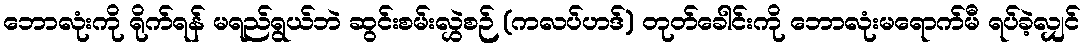
ဘောလုံးကို ရိုက်ရန် မရည်ရွယ်ဘဲ ဆွင်းစမ်းလွှဲစဉ် (ကလပ်ဟဒ်) တုတ်ခေါင်းကို ဘောလုံးမရောက်မီ ရပ်ခဲ့လျှင်